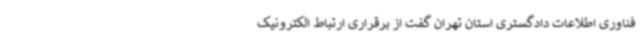
فناوری اطلاعات دادگستری استان تهران گفت از برقراری ارتباط الکترونیک